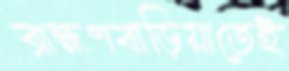
ব্রাহ্মণবাড়িয়াতেই